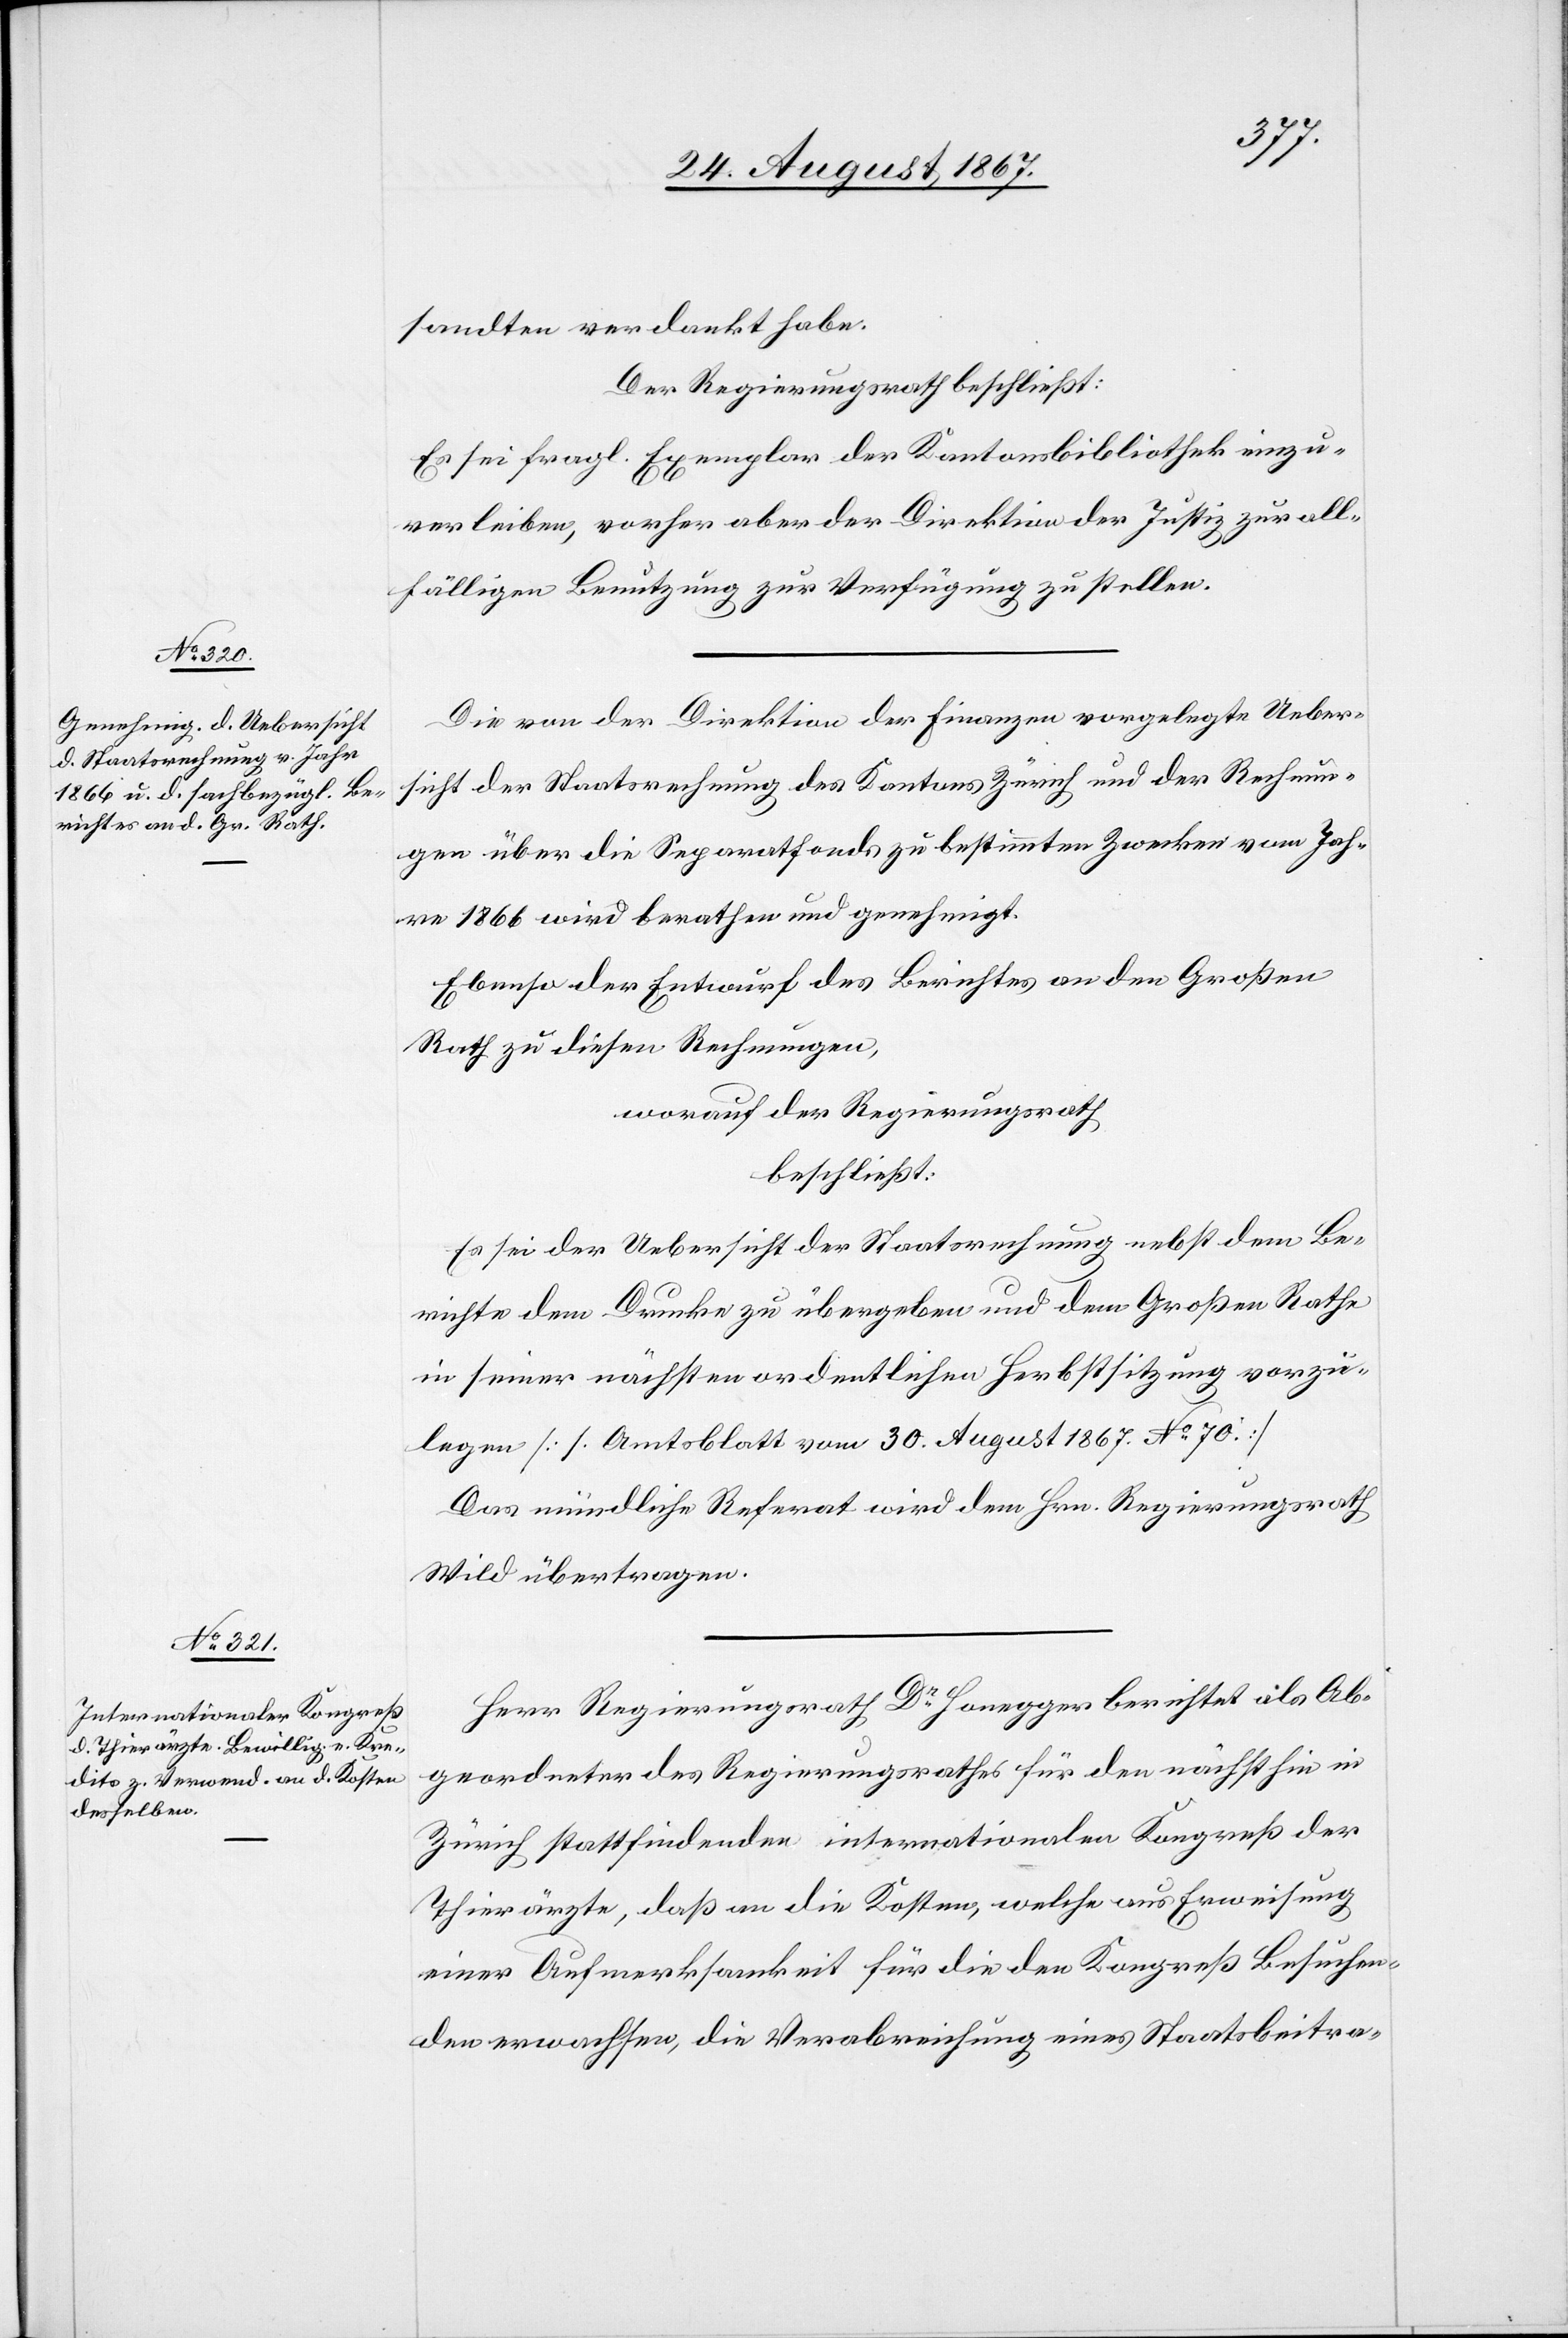
sandten verdankt habe.
Der Regierungsrath beschließt:
Es sei fragl. Exemplar der Kantonsbibliothek einzu¬
verleiben, vorher aber der Direktion der Justiz zur all¬
fälligen Benutzung zur Verfügung zu stellen.
Die von der Direktion der Finanzen vorgelegte Ueber¬
sicht der Staatsrechnung des Kantons Zürich und der Rechnun¬
gen über die Separatfonds zu bestimmten Zwecken vom Jah¬
re 1866 wird berathen und genehmigt.
Ebenso der Entwurf des Berichtes an den Großen
Rath zu diesen Rechnungen,
worauf der Regierungsrath,
beschließt:
[recte: die] Uebersicht der Staatsrechnung nebst dem Be¬
richte dem Drucke zu übergeben und dem Großen Rathe
in seiner nächsten ordentlichen Herbstsitzung vorzu¬
legen [s. Amtsblatt 30. August 1867. No. 70].
Das mündliche Referat wird dem Hrn. Regierungsrath
Wild übertragen.
Herr Regierungsrath Dr. Honegger berichtet als Ab¬
geordneter des Regierungsrathes für den nächsthin in
Zürich stattfindenden internationalen Kongreß der
Thierärzte, daß an die Kosten, welche aus Erweisung
einer Aufmerksamkeit für die den Kongreß Besuchen¬
den erwachsen, die Verabreichung eines Staatsbeitra-